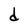
Character: d